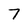
Character: 7